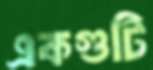
একগুটি